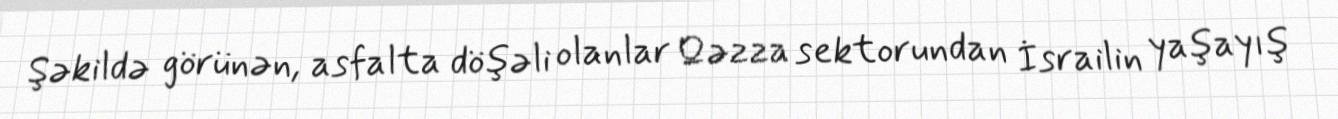
Şəkildə görünən, asfalta döşəli olanlar Qəzza sektorundan İsrailin yaşayış